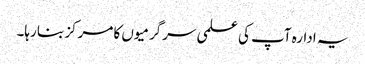
یہ ادارہ آپ کی علمی سرگرمیوں کا مرکز بنا رہا۔